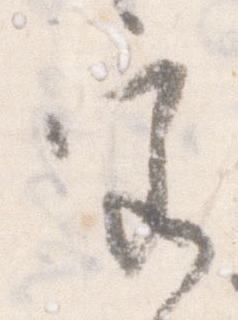
宮